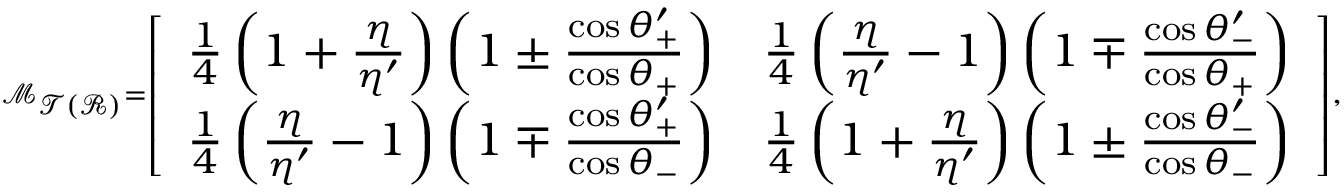
\scriptscriptstyle { \mathcal { M } _ { \mathcal { T } ( \mathcal { R } ) } = \left[ \begin{array} { c c } { \frac { 1 } { 4 } \left( 1 + \frac { \eta } { \eta ^ { \prime } } \right) \left( 1 \pm \frac { \cos \theta _ { + } ^ { \prime } } { \cos \theta _ { + } } \right) } & { \frac { 1 } { 4 } \left( \frac { \eta } { \eta ^ { \prime } } - 1 \right) \left( 1 \mp \frac { \cos \theta _ { - } ^ { \prime } } { \cos \theta _ { + } } \right) } \\ { \frac { 1 } { 4 } \left( \frac { \eta } { \eta ^ { \prime } } - 1 \right) \left( 1 \mp \frac { \cos \theta _ { + } ^ { \prime } } { \cos \theta _ { - } } \right) } & { \frac { 1 } { 4 } \left( 1 + \frac { \eta } { \eta ^ { \prime } } \right) \left( 1 \pm \frac { \cos \theta _ { - } ^ { \prime } } { \cos \theta _ { - } } \right) } \end{array} \right] } ,